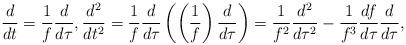
LaTeX: \begin{align*}\frac {d}{dt}=\frac 1f\frac {d}{d\tau}, \frac{d^2}{dt^2}=\frac 1f\frac {d}{d\tau}\left(\left(\frac 1f\right)\frac {d}{d\tau} \right)=\frac 1{f^2} \frac{d^2}{d\tau^2}-\frac 1{f^3}\frac {df}{d\tau}\frac {d}{d\tau},\end{align*}